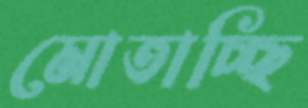
মোতাচ্ছি